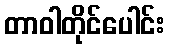
တာဝါတိုင်ပေါင်း